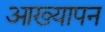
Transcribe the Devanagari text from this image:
आख्यापन